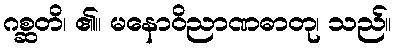
ဂစ္ဆတိ၊ ၏။ မနောဝိညာဏဓာတု၊ သည်။